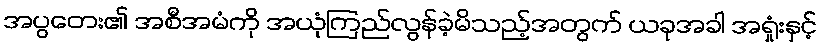
အပွတေး၏ အစီအမံကို အယုံကြည်လွန်ခဲ့မိသည့်အတွက် ယခုအခါ အရှုံးနှင့်